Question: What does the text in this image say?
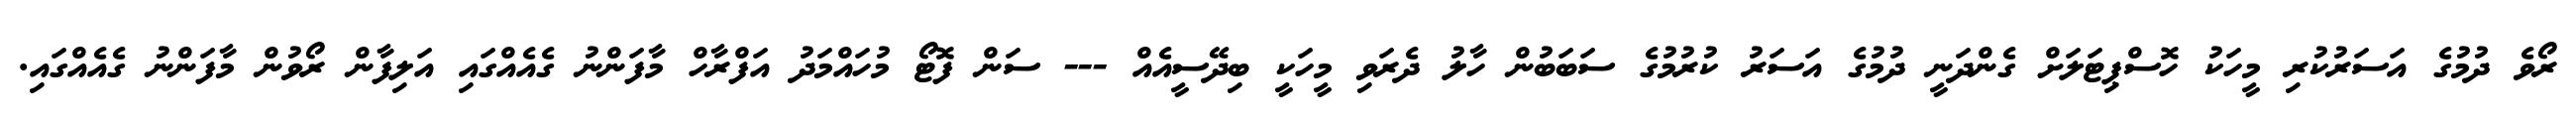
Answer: ރޯވެ ދުމުގެ އަސަރުކުރި މީހަކު ހޮސްޕިޓަލަށް ގެންދަނީ ދުމުގެ އަސަރު ކުރުމުގެ ސަބަބުން ހާލު ދެރަވި މީހަކީ ބިދޭސީއެއް --- ސަން ފޮޓޯ މުހައްމަދު އަފްރާހް މާފަންނު ގެއެއްގައި އަލިފާން ރޯވުން މާފަންނު ގެއެއްގައި.